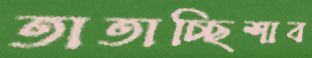
তাতাচ্ছিশাব